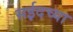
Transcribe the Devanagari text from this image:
सईदच्या